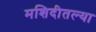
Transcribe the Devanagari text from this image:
मशिदीतल्या